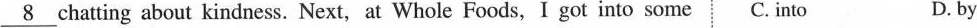
\underline{8} chatting about kindness. Next, at Whole Foods, I got into some C. into D. by